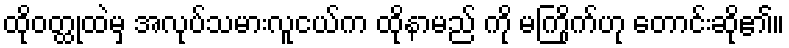
ထိုဝတ္ထုထဲမှ အလုပ်သမားလူငယ်က ထိုနာမည် ကို မကြိုက်ဟု တောင်းဆို၏။